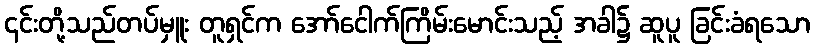
၎င်းတို့သည်တပ်မှူး တူရှင်က အော်ငေါက်ကြိမ်းမောင်းသည့် အခါ၌ ဆူပူ ခြင်းခံရသော